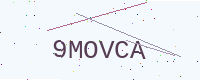
Text: 9MOVCA